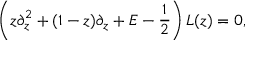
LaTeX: \left( z \partial _ { z } ^ { 2 } + ( 1 - z ) \partial _ { z } + E - { \frac { 1 } { 2 } } \right) L ( z ) = 0 ,